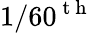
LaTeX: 1/60^{\mathrm{~t~h~}}